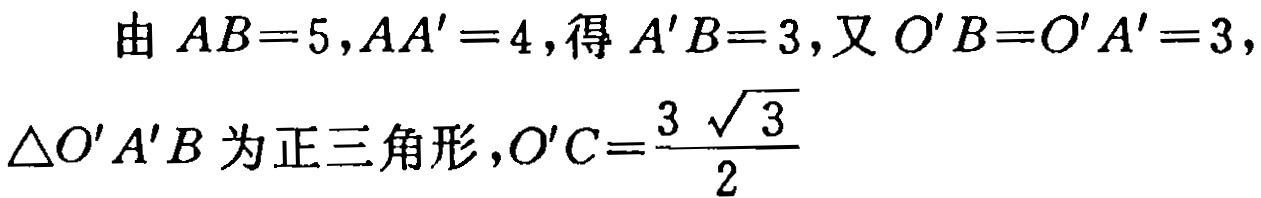
由 \(AB = 5,AA' = 4\),得 \(A'B = 3\),又 \(O'B = O'A' = 3\),\(\triangle O'A'B\) 为正三角形，\(O'C=\frac{3\sqrt{3}}{2}\)